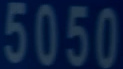
5050